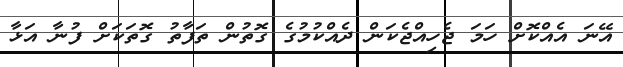
އޭނަ އެއްކޮށް ހަމަ ޖެހިއްޖެކަން ދެއްކުމުގެ ގޮތުން ތަފާތު ގޮތަކަށް ފުނާ އަޅާ